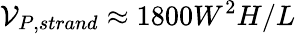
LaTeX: \mathcal{V}_{P,strand}\approx 1800W^{2}H/L